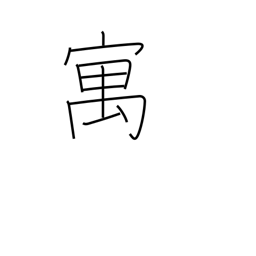
Meaning: temporary abode